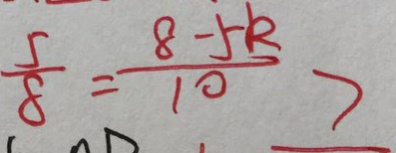
\frac { 5 } { 8 } = \frac { 8 - 5 k } { 1 0 } >